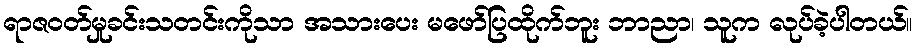
ရာဇဝတ်မှုခင်းသတင်းကိုသာ အသားပေး မဖော်ပြထိုက်ဘူး ဘာညာ၊ သူက လုပ်ခဲ့ပါတယ်။